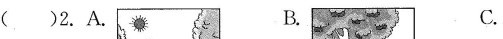
( )2.A. B. C.